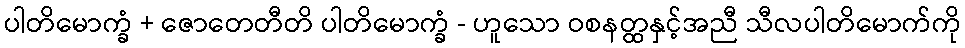
ပါတိမောက္ခံ + ဇောတေတီတိ ပါတိမောက္ခံ - ဟူသော ဝစနတ္ထနှင့်အညီ သီလပါတိမောက်ကို